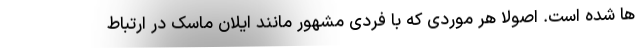
ها شده است. اصولا هر موردی که با فردی مشهور مانند ایلان ماسک در ارتباط